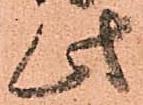
此